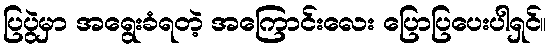
ပြပွဲမှာ အရွေးခံရတဲ့ အကြောင်းလေး ပြောပြပေးပါရှင်။